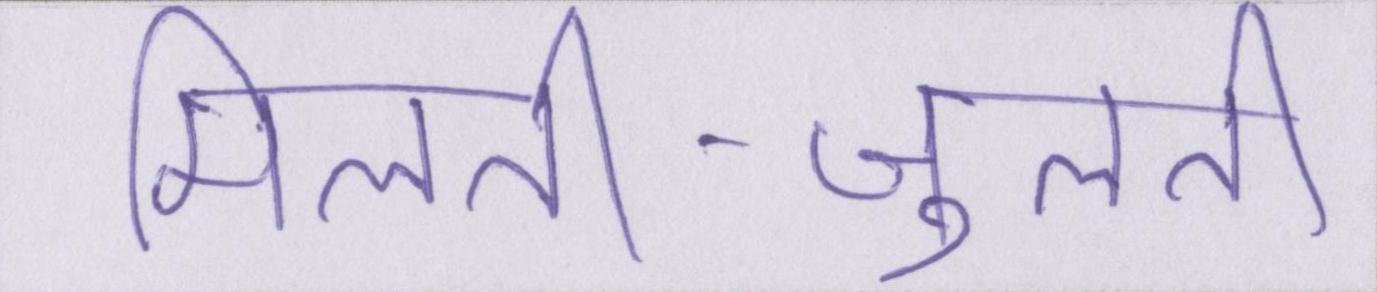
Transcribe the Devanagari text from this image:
मिलती-जुलती